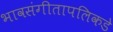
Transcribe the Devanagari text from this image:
भावसंगीतापलिकडे